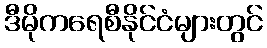
ဒီမိုကရေစီနိုင်ငံများတွင်